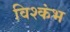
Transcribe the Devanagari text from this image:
विश्कंभ